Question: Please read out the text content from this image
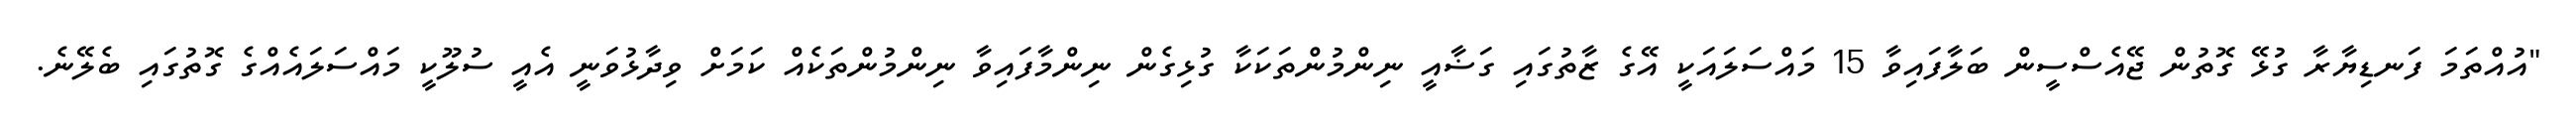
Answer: "އުއްތަމަ ފަނޑިޔާރާ ގުޅޭ ގޮތުން ޖޭއެސްސީން ބަލާފައިވާ 15 މައްސަލައަކީ އޭގެ ޒާތުގައި ގަޟާއީ ނިންމުންތަކަކާ ގުޅިގެން ނިންމާފައިވާ ނިންމުންތަކެއް ކަމަށް ވިދާޅުވަނީ އެއީ ސުލޫކީ މައްސަލައެއްގެ ގޮތުގައި ބެލޭނެ.